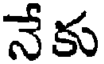
నేకు